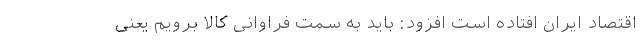
اقتصاد ایران افتاده است افزود: باید به سمت فراوانی کالا برویم یعنی